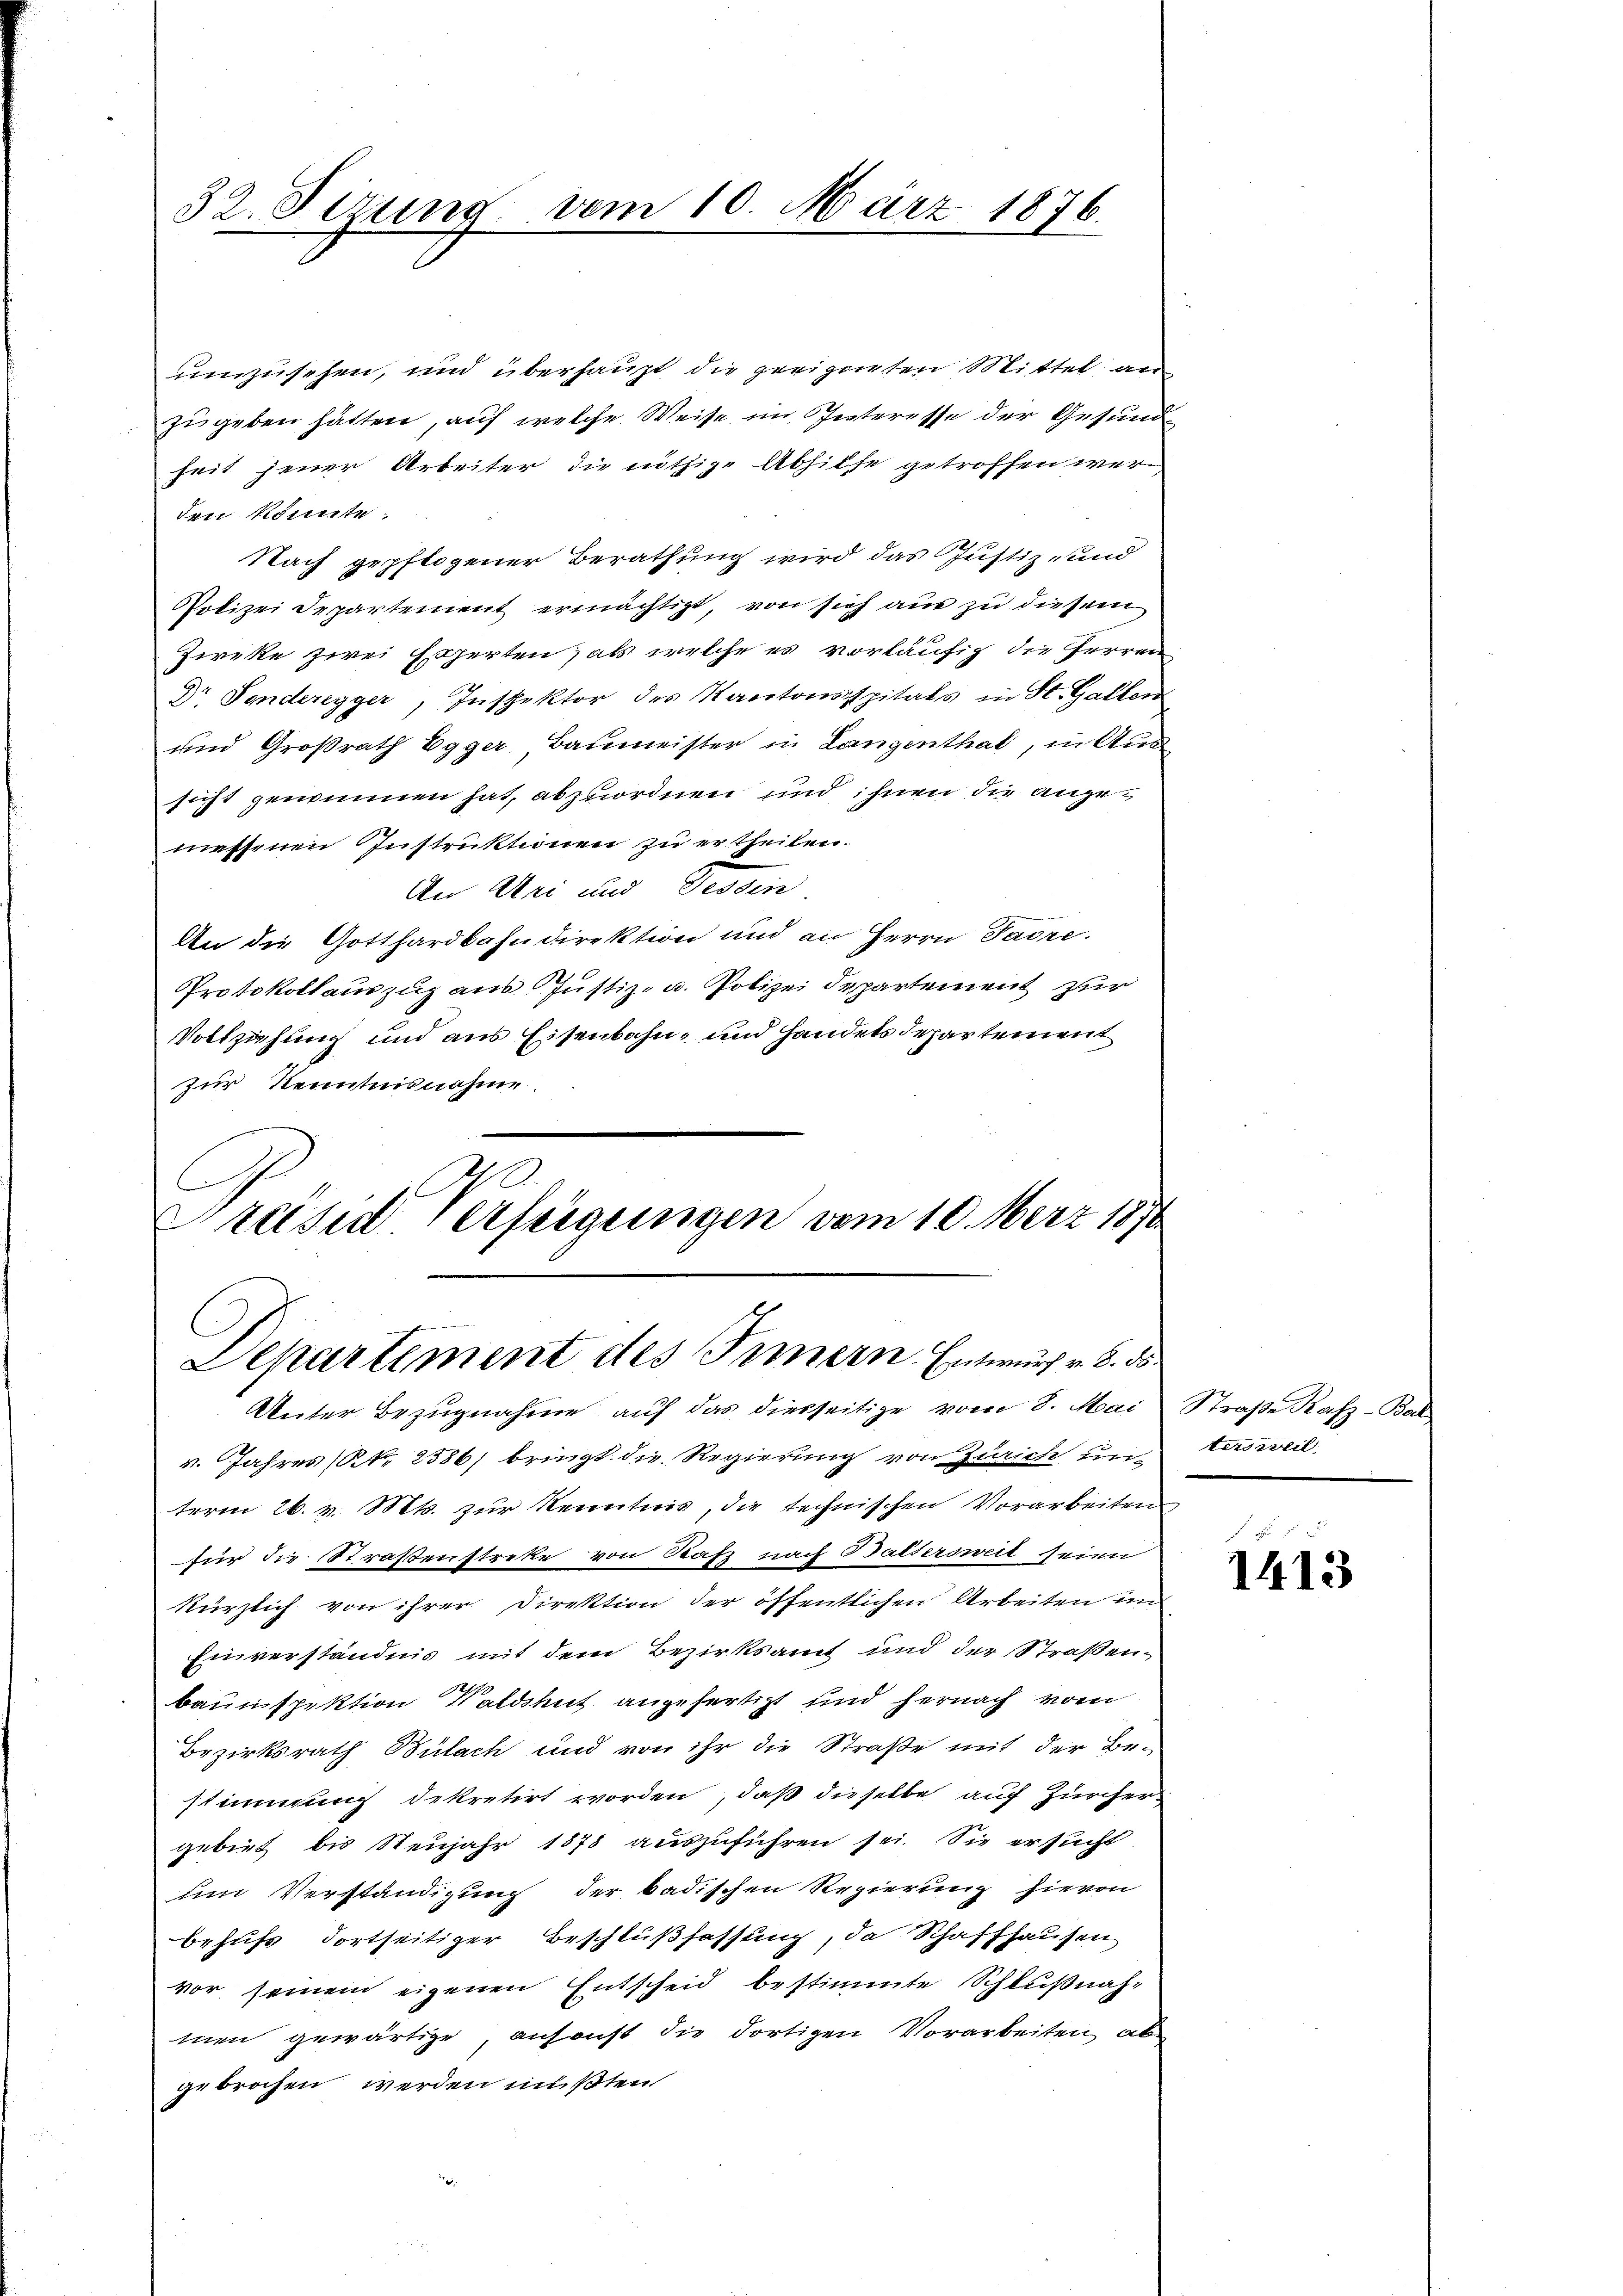
32. Firung vom 10. März 1876.

umzusehen, und überhaupt die geeigneten Mittel an
zugeben hätten, auf welche Weise im Interesse der Gesunde
heit jener Arbeiter die nöthige Abhilfe getroffen werden könnte.
Nach gepflogener Berathung wird das Justiz- und
Polizei Departement ermächtigt, von sich aus zu diesem
Zieke zwei Experten, als welche es vorläufig die Herren
9r Penderegger, Inspektor des Kantonsspitals in St. Gallen
und Großrath Egger, Baumeister in Langenthal, in Aus
sicht genommen hat, abzuordnen und ihnen die angemessenen Instruktionen zu ertheilen.
An Uri und Tessin
An die Gotthardbahndirektion und an Herrn Padre
Protokollauszug aus Justiz- u. Polizei departement zur
Vollziehung und aus Eisenbahn- und Handels Departement
zur Kenntnisnahme
2
C
rese Verfügungen vom 10. Merz 1870
Departement des Innern Entwurf v. 8. ds.
Unter Bezugnahme auf das diesseitige vom 8. Mai
4. Jahres (N. 2586) bringt die Regierung von Zürich un-
term 26. v. Mts. zur Kenntnis, die technischen Vorarbeiten,
für die Straßenstreke von Rafz nach Odaltersweit seien
kürzlich von ihrer Direktion der öffentlichen Arbeiten im
Einverständnis mit dem Bezirksamt und der Straßenbaunspektion Waldshut angefertigt und hernach vom
Bezirksrath Bülach und von ihr die Straße mit der Bestimmung dekretirt worden, daß dieselbe auf Zürchergebiet bis Neujahr 1878 auszuführen sei. Sie ersucht
Im Verständigung der badischen Regierung hievon
behufs Fortseitiger Beschlußfassung, da Schaffhausen
vor seinem eigenen Entscheid bestimmte Schlußnahmen gewärtige, ansonst die dortigen Vorarbeiten, aber
gebrochen werden mußten

Straße Rafz-Bal
tersweil

1413